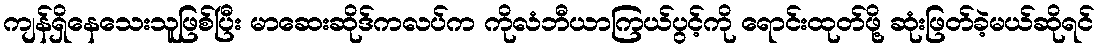
ကျန်ရှိနေသေးသူဖြစ်ပြီး မာဆေးဆိုဒ်ကလပ်က ကိုလံဘီယာကြယ်ပွင့်ကို ရောင်းထုတ်ဖို့ ဆုံးဖြတ်ခဲ့မယ်ဆိုရင်